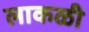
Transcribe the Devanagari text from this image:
लाकळी